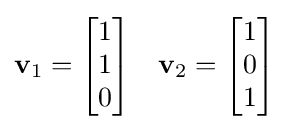
\mathbf {v} _{1}={\begin{bmatrix}1\\1\\0\end{bmatrix}}\quad \mathbf {v} _{2}={\begin{bmatrix}1\\0\\1\end{bmatrix}}